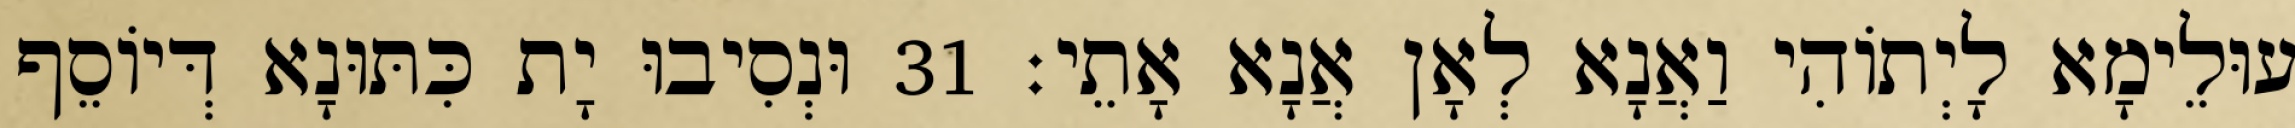
עוּלֵימָא לָיְתוֹהִי וַאֲנָא לְאָן אֲנָא אָתֵי׃ 31 וּנְסִיבוּ יָת כִּתּוּנָא דְּיוֹסֵף